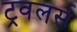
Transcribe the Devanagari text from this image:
ट्रवलर्स